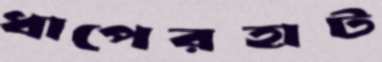
ধাপেরহাট